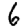
Digit: 6